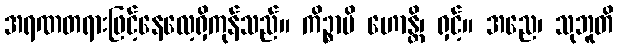
အရဏတရားဖြင့်နေလေ့ရှိကုန်သည်။ ကိဉ္စာပိ ဟောန္တိ၊ ရှင့်။ အညေ၊ သုဘူတိ